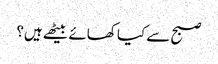
صبح سے کیا کھائے بیٹھے ہیں؟